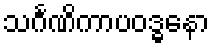
သင်္ဂဏိကာပဝဒ္ဓနော